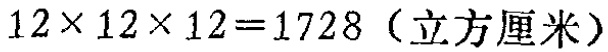
\(12\times 12\times 12 = 1728\)（立方厘米）